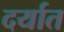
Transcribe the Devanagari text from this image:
दर्यात